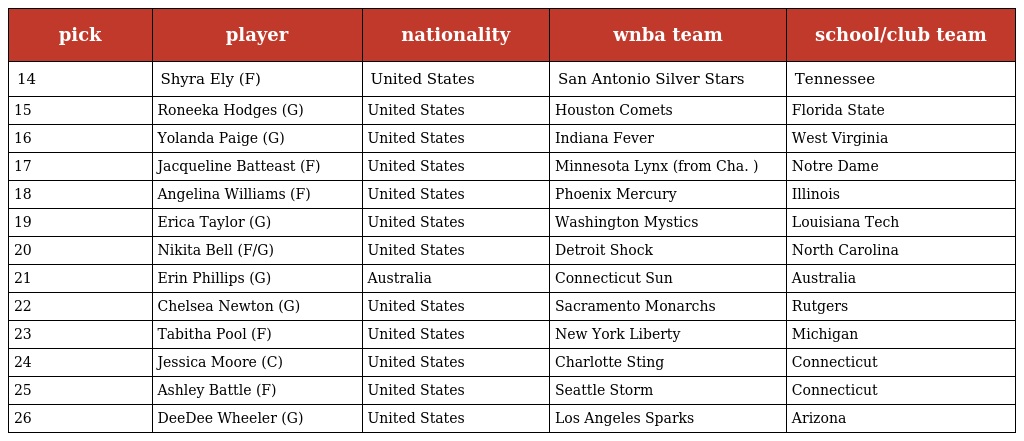
| pick | player | nationality | wnba team | school/club team |
 | --- | --- | --- | --- | --- |
 | 14 | Shyra Ely (F) | United States | San Antonio Silver Stars | Tennessee |
 | 15 | Roneeka Hodges (G) | United States | Houston Comets | Florida State |
 | 16 | Yolanda Paige (G) | United States | Indiana Fever | West Virginia |
 | 17 | Jacqueline Batteast (F) | United States | Minnesota Lynx (from Cha. ) | Notre Dame |
 | 18 | Angelina Williams (F) | United States | Phoenix Mercury | Illinois |
 | 19 | Erica Taylor (G) | United States | Washington Mystics | Louisiana Tech |
 | 20 | Nikita Bell (F/G) | United States | Detroit Shock | North Carolina |
 | 21 | Erin Phillips (G) | Australia | Connecticut Sun | Australia |
 | 22 | Chelsea Newton (G) | United States | Sacramento Monarchs | Rutgers |
 | 23 | Tabitha Pool (F) | United States | New York Liberty | Michigan |
 | 24 | Jessica Moore (C) | United States | Charlotte Sting | Connecticut |
 | 25 | Ashley Battle (F) | United States | Seattle Storm | Connecticut |
 | 26 | DeeDee Wheeler (G) | United States | Los Angeles Sparks | Arizona |